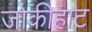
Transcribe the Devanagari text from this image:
जोकीहाट